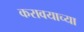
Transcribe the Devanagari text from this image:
करावयाच्‍या